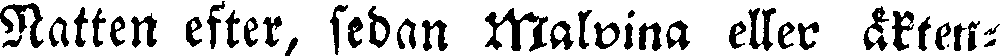
Natten efter, sedan Malvina eller äkten-